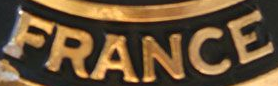
FRANCE